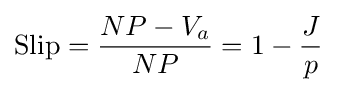
{\mbox{Slip}}={\frac {NP-V_{a}}{NP}}=1-{\frac {J}{p}}